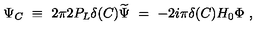
\Psi _ { C } \ \equiv \ 2 \pi 2 P _ { L } \delta ( C ) \widetilde \Psi \ = \ - 2 i \pi \delta ( C ) H _ { 0 } \Phi \ ,